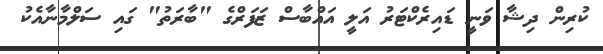
ކުރިން ދިޝާ ވަނީ ޑައިރެކްޓަރު އަލީ އައްބާސް ޒަފަރްގެ "ބާރަތު" ގައި ސަލްމާނާއެކު